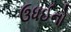
ઉધઈનો